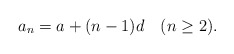
\begin{align*}a_n=a+(n-1)d\quad(n\geq2).\end{align*}